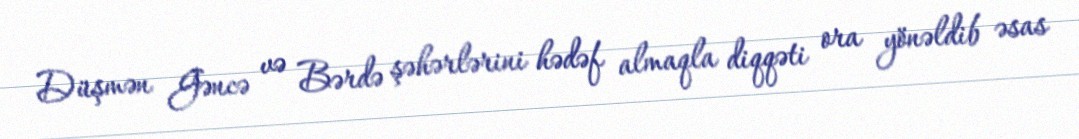
Düşmən Gəncə və Bərdə şəhərlərini hədəf almaqla diqqəti ora yönəldib əsas